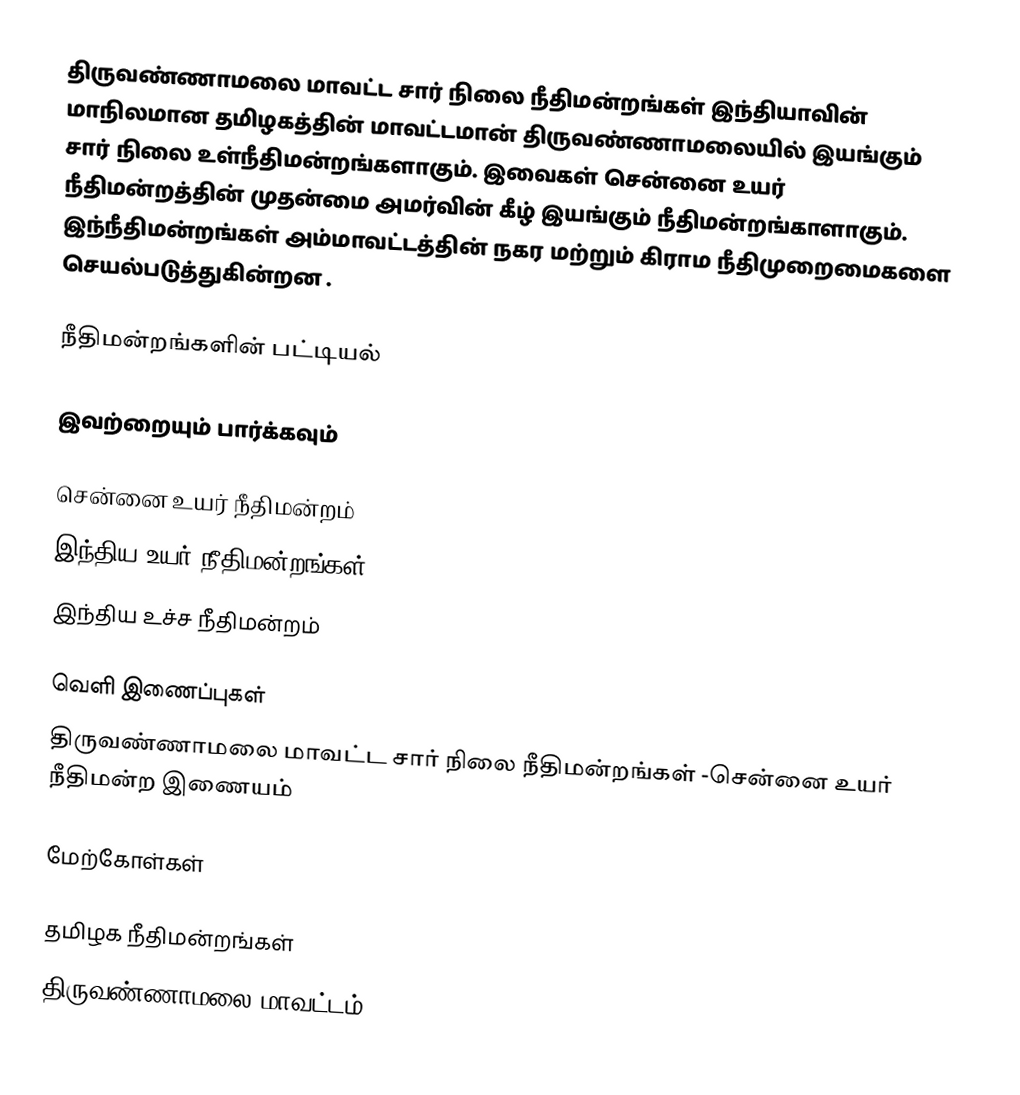
திருவண்ணாமலை மாவட்ட சார் நிலை நீதிமன்றங்கள் இந்தியாவின் மாநிலமான தமிழகத்தின் மாவட்டமான் திருவண்ணாமலையில் இயங்கும் சார் நிலை உள்நீதிமன்றங்களாகும். இவைகள் சென்னை உயர் நீதிமன்றத்தின் முதன்மை அமர்வின் கீழ் இயங்கும் நீதிமன்றங்காளாகும். இந்நீதிமன்றங்கள் அம்மாவட்டத்தின் நகர மற்றும் கிராம நீதிமுறைமைகளை செயல்படுத்துகின்றன .

நீதிமன்றங்களின் பட்டியல்

இவற்றையும் பார்க்கவும்

சென்னை உயர் நீதிமன்றம்
இந்திய உயர் நீதிமன்றங்கள்
இந்திய உச்ச நீதிமன்றம்

வெளி இணைப்புகள்
திருவண்ணாமலை மாவட்ட சார் நிலை நீதிமன்றங்கள் -சென்னை உயர் நீதிமன்ற இணையம்

மேற்கோள்கள்

தமிழக நீதிமன்றங்கள்
திருவண்ணாமலை மாவட்டம்